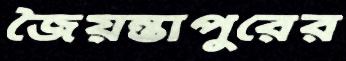
জৈয়ন্তাপুরের